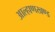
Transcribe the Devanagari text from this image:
आल्हाणखण्ड